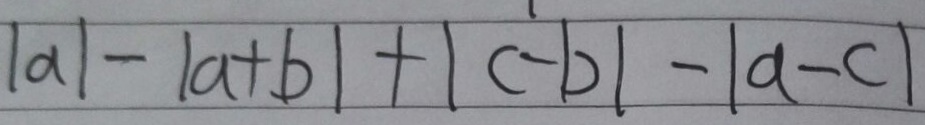
\vert a \vert - \vert a + b \vert + \vert c - b \vert - \vert a - c \vert